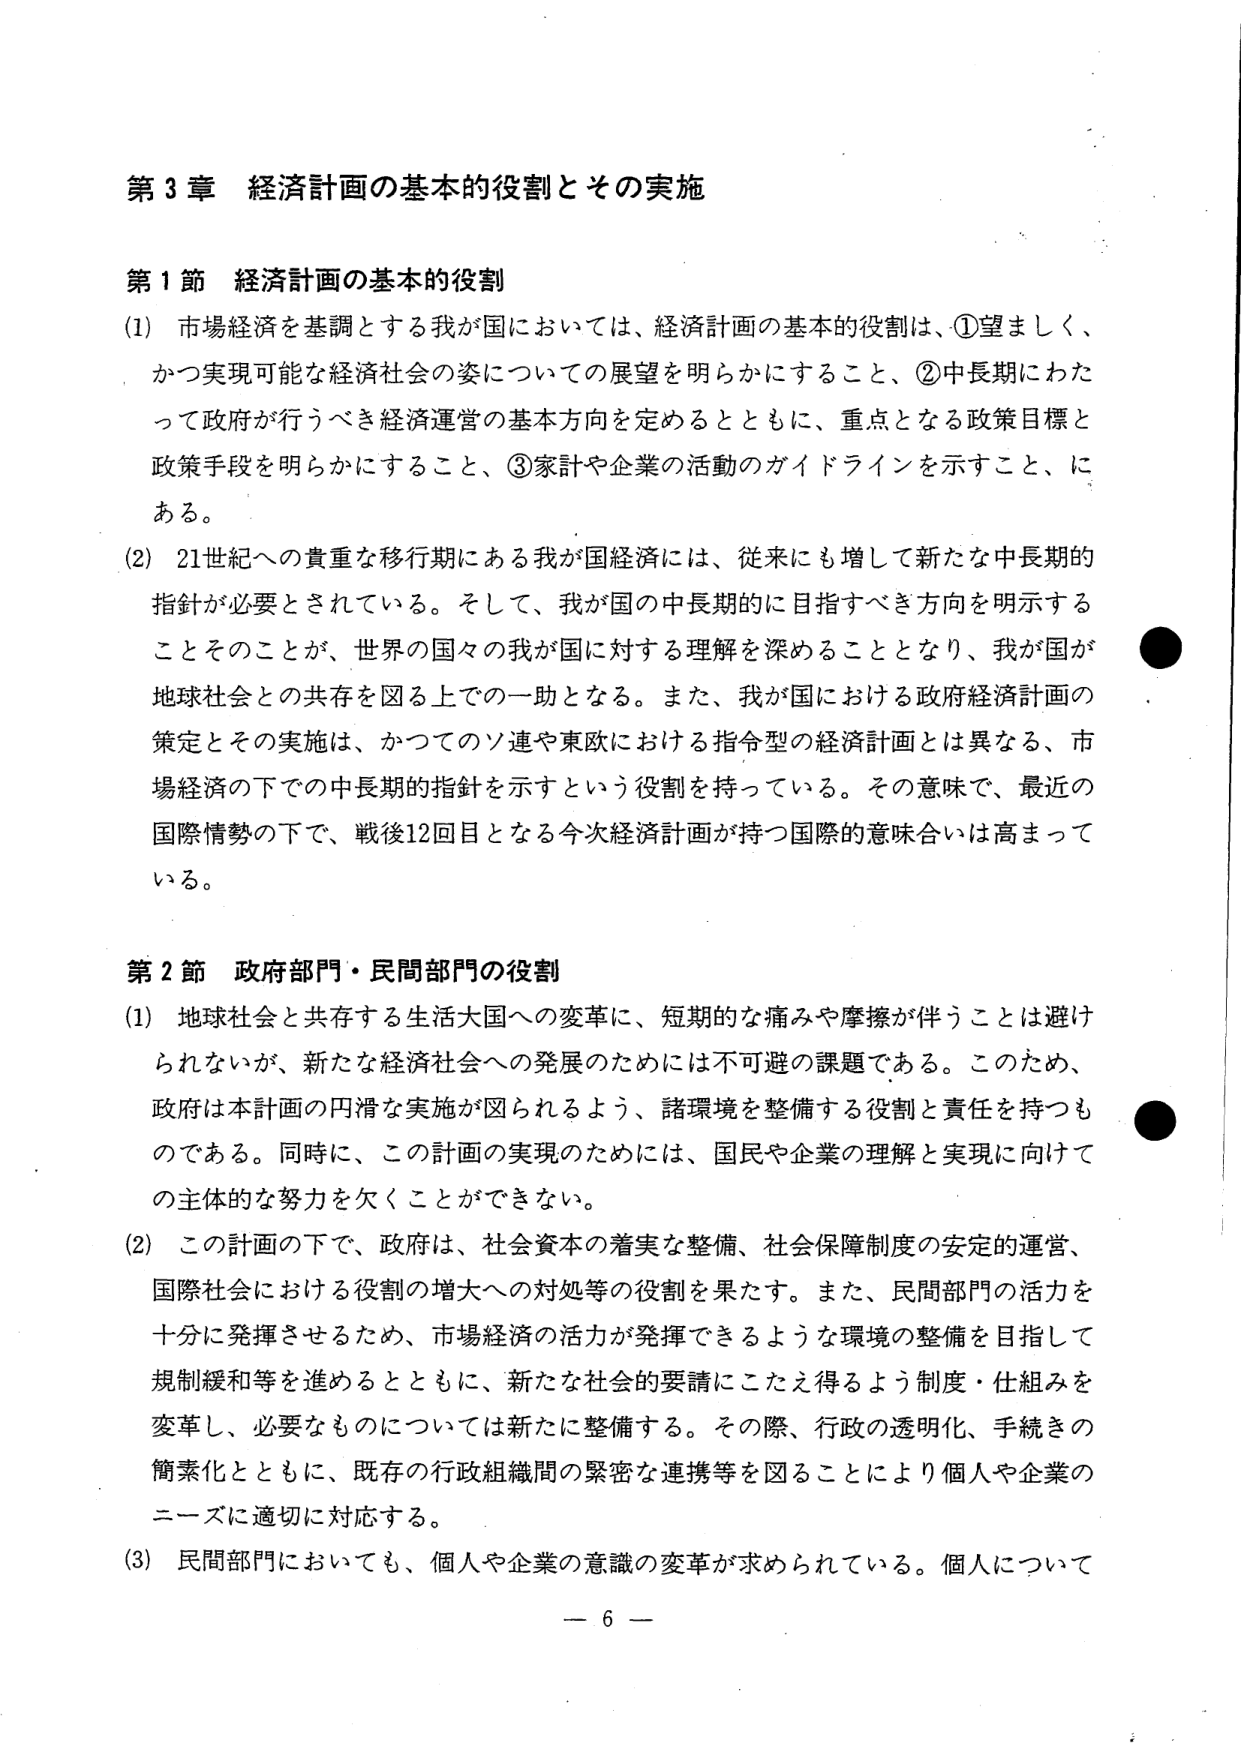
第3章 経済計画の基本的役割とその実施

第1節 経済計画の基本的役割

(1) 市場経済を基調とする我が国においては、経済計画の基本的役割は、①望ましく、かつ実現可能な経済社会の姿についての展望を明らかにすること、②中長期にわたって政府が行うべき経済運営の基本方向を定めるとともに、重点となる政策目標と政策手段を明らかにすること、③家計や企業の活動のガイドラインを示すこと、にある。

(2) 21世紀への貴重な移行期にある我が国経済には、従来にも増して新たな中長期的指針が必要とされている。そして、我が国の中長期的に目指すべき方向を明示することそのことが、世界の国々の我が国に対する理解を深めることとなり、我が国が地球社会との共存を図る上での一助となる。また、我が国における政府経済計画の策定とその実施は、かつてのソ連や東欧における指令型の経済計画とは異なる、市場経済の下での中長期的指針を示すという役割を持っている。その意味で、最近の国際情勢の下で、戦後12回目となる今次経済計画が持つ国際的意味合いは高まっている。

第2節 政府部門・民間部門の役割

(1) 地球社会と共存する生活大国への変革に、短期的な痛みや摩擦が伴うことは避けられないが、新たな経済社会への発展のためには不可避の課題である。このため、政府は本計画の円滑な実施が図られるよう、諸環境を整備する役割と責任を持つものである。同時に、この計画の実現のためには、国民や企業の理解と実現に向けての主体的な努力を欠くことができない。

(2) この計画の下で、政府は、社会資本の着実な整備、社会保障制度の安定的運営、国際社会における役割の増大への対処等の役割を果たす。また、民間部門の活力を十分に発揮させるため、市場経済の活力が発揮できるような環境の整備を目指して規制緩和等を進めるとともに、新たな社会的要請にこたえ得るよう制度・仕組みを変革し、必要なものについては新たに整備する。その際、行政の透明化、手続きの簡素化とともに、既存の行政組織間の緊密な連携等を図ることにより個人や企業のニーズに適切に対応する。

(3) 民間部門においても、個人や企業の意識の変革が求められている。個人について

－ 6 －